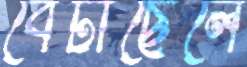
বেটাছেলে